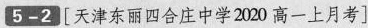
5-2[天津东丽四合庄中学2020高一上月考]